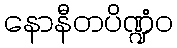
နောနီတပိဏ္ဍံဝ